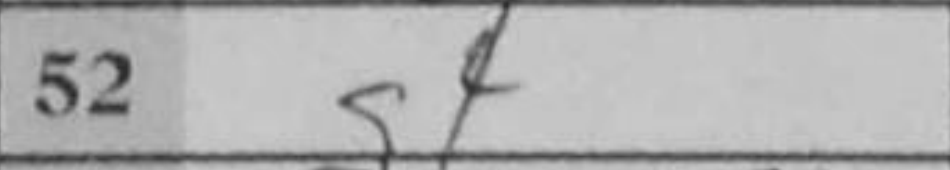
Transcription: g4